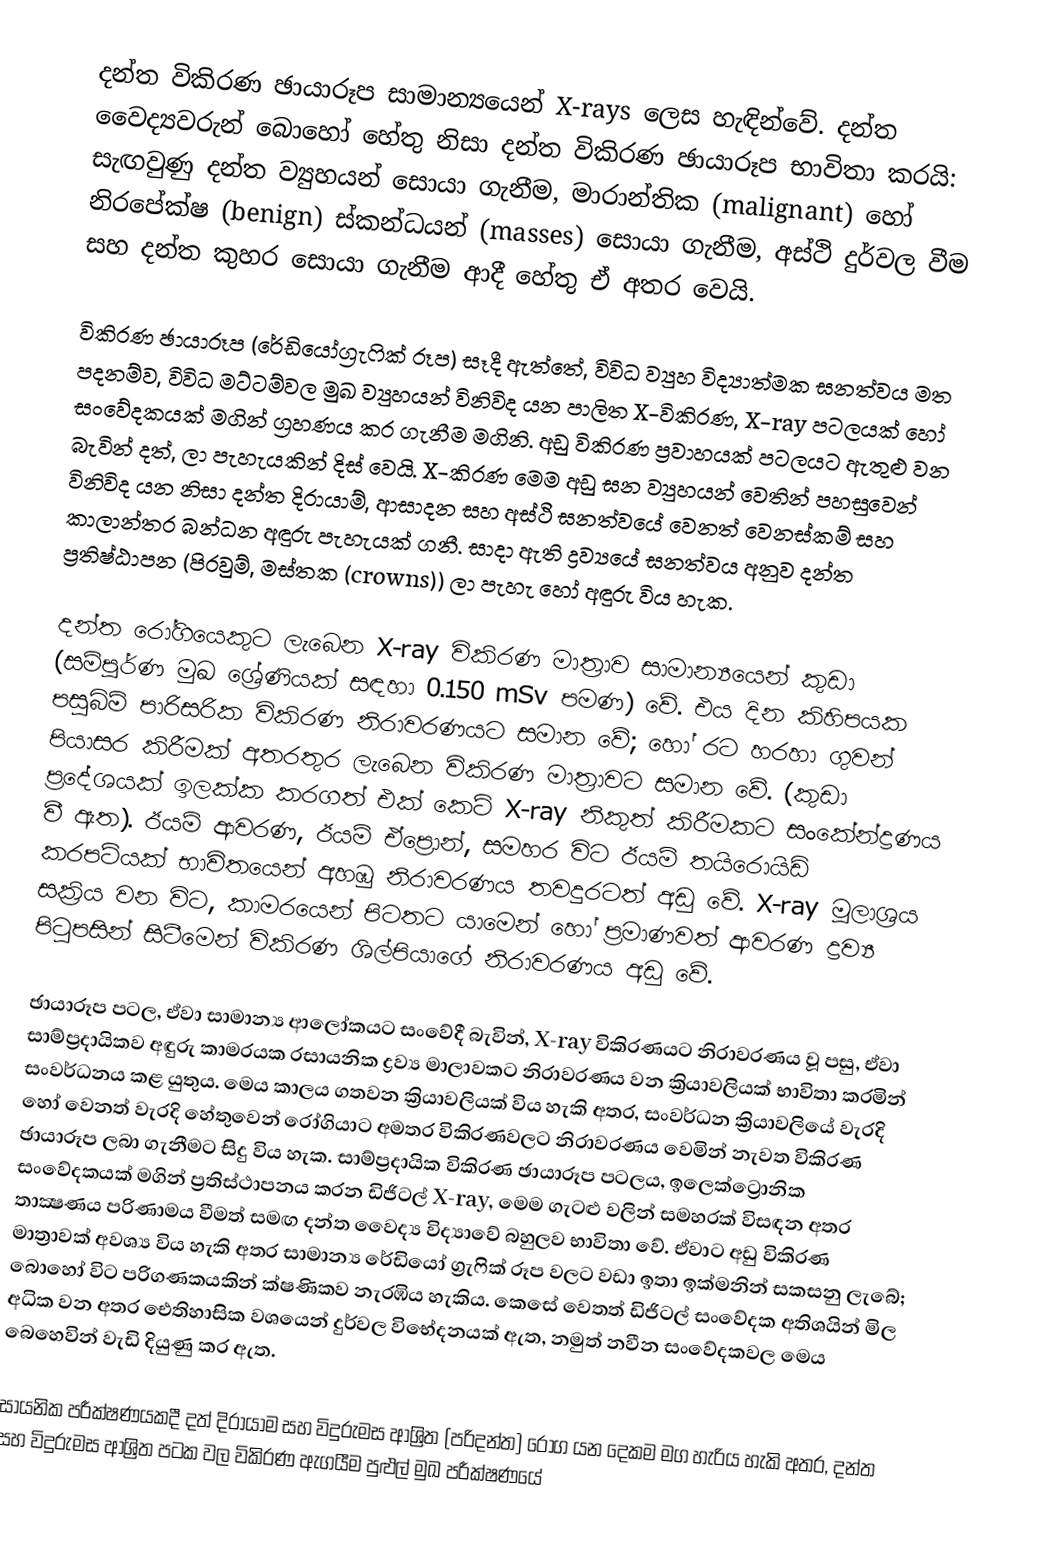
දන්ත විකිරණ ඡායාරූප සාමාන්‍යයෙන් X-rays ලෙස හැඳින්වේ. දන්ත වෛද්‍යවරුන් බොහෝ හේතු නිසා දන්ත විකිරණ ඡායාරූප භාවිතා කරයි: සැඟවුණු දන්ත  ව්‍යුහයන් සොයා ගැනීම, මාරාන්තික (malignant) හෝ නිරපේක්ෂ (benign) ස්කන්ධයන් (masses) සොයා ගැනීම, අස්ථි දුර්වල වීම සහ දන්ත කුහර සොයා ගැනීම ආදී හේතු ඒ අතර වෙයි.

විකිරණ ඡායාරූප (රේඩියෝග්‍රැෆික් රූප) සෑදී ඇත්තේ, විවිධ ව්‍යුහ විද්‍යාත්මක ඝනත්වය මත පදනම්ව, විවිධ මට්ටම්වල මුඛ ව්‍යුහයන් විනිවිද යන පාලිත X-විකිරණ, X-ray පටලයක් හෝ සංවේදකයක් මගින් ග්‍රහණය කර ගැනීම මගිනි. අඩු විකිරණ ප්‍රවාහයක් පටලයට ඇතුළු වන බැවින් දත්, ලා පැහැයකින් දිස් වෙයි. X-කිරණ මෙම අඩු ඝන ව්‍යුහයන් වෙතින් පහසුවෙන් විනිවිද යන නිසා දන්ත දිරායාම්, ආසාදන සහ අස්ථි ඝනත්වයේ වෙනත් වෙනස්කම් සහ කාලාන්තර බන්ධන අඳුරු පැහැයක් ගනී. සාදා ඇති ද්‍රව්‍යයේ ඝනත්වය අනුව දන්ත ප්‍රතිෂ්ඨාපන (පිරවුම්, මස්තක (crowns)) ලා පැහැ හෝ අඳුරු විය හැක.

දන්ත රෝගියෙකුට ලැබෙන X-ray විකිරණ මාත්‍රාව සාමාන්‍යයෙන් කුඩා (සම්පූර්ණ මුඛ ශ්‍රේණියක් සඳහා 0.150 mSv පමණ) වේ. එය දින කිහිපයක පසුබිම් පාරිසරික විකිරණ නිරාවරණයට සමාන වේ; හෝ රට හරහා ගුවන් පියාසර කිරීමක් අතරතුර ලැබෙන විකිරණ මාත්‍රාවට සමාන වේ. (කුඩා ප්‍රදේශයක් ඉලක්ක කරගත් එක් කෙටි X-ray නිකුත් කිරීමකට සංකේන්ද්‍රණය වී ඇත). ඊයම් ආවරණ, ඊයම් ඒප්‍රොන්, සමහර විට ඊයම් තයිරොයිඩ් කරපටියක් භාවිතයෙන් අහඹු නිරාවරණය තවදුරටත් අඩු වේ. X-ray මූලාශ්‍රය සක්‍රිය වන විට, කාමරයෙන් පිටතට යාමෙන් හෝ ප්‍රමාණවත් ආවරණ ද්‍රව්‍ය පිටුපසින් සිටීමෙන් විකිරණ ශිල්පියාගේ නිරාවරණය අඩු වේ.

ඡායාරූප පටල, ඒවා සාමාන්‍ය ආලෝකයට සංවේදී බැවින්, X-ray විකිරණයට නිරාවරණය වූ පසු, ඒවා සාම්ප්‍රදායිකව අඳුරු කාමරයක රසායනික ද්‍රව්‍ය මාලාවකට නිරාවරණය වන ක්‍රියාවලියක් භාවිතා කරමින් සංවර්ධනය කළ යුතුය. මෙය කාලය ගතවන ක්‍රියාවලියක් විය හැකි අතර, සංවර්ධන ක්‍රියාවලියේ වැරදි හෝ වෙනත් වැරදි හේතුවෙන් රෝගියාට අමතර විකිරණවලට නිරාවරණය වෙමින් නැවත විකිරණ ඡායාරූප ලබා ගැනීමට සිදු විය හැක. සාම්ප්‍රදායික විකිරණ ඡායාරූප පටලය, ඉලෙක්ට්‍රොනික සංවේදකයක් මගින් ප්‍රතිස්ථාපනය කරන ඩිජිටල් X-ray, මෙම ගැටළු වලින් සමහරක් විසඳන අතර තාක්‍ෂණය පරිණාමය වීමත් සමඟ දන්ත වෛද්‍ය විද්‍යාවේ බහුලව භාවිතා වේ. ඒවාට අඩු විකිරණ මාත්‍රාවක් අවශ්‍ය විය හැකි අතර සාමාන්‍ය රේඩියෝ ග්‍රැෆික් රූප වලට වඩා ඉතා ඉක්මනින් සකසනු ලැබේ; බොහෝ විට පරිගණකයකින් ක්ෂණිකව නැරඹිය හැකිය. කෙසේ වෙතත් ඩිජිටල් සංවේදක අතිශයින් මිල අධික වන අතර ඓතිහාසික වශයෙන් දුර්වල විභේදනයක් ඇත, නමුත් නවීන සංවේදකවල මෙය බෙහෙවින් වැඩි දියුණු කර ඇත.

සායනික පරීක්ෂණයකදී දත් දිරායාම සහ විදුරුමස ආශ්‍රිත (පරිදන්ත) රෝග යන දෙකම මග හැරිය හැකි අතර, දන්ත සහ විදුරුමස ආශ්‍රිත පටක වල විකිරණ ඇගයීම පුළුල් මුඛ පරීක්ෂණයේ